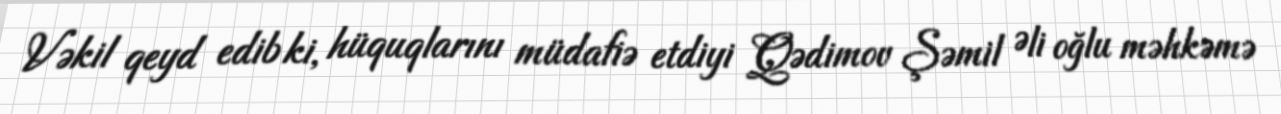
Vəkil qeyd edib ki, hüquqlarını müdafiə etdiyi Qədimov Şəmil Əli oğlu məhkəmə